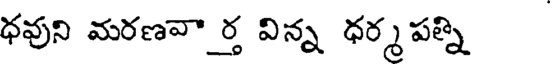
ధవుని మరణవా ర్త విన్న ధర్మ పత్ని